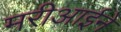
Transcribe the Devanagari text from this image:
मरीआईने